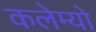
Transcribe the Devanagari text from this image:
कलेम्यो